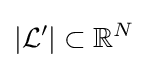
|{\mathcal {L'}}|\subset \mathbb {R} ^{N}